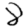
Digit: 8